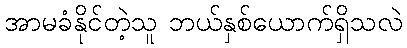
အာမခံနိုင်တဲ့သူ ဘယ်နှစ်ယောက်ရှိသလဲ